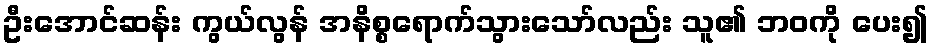
ဦးအောင်ဆန်း ကွယ်လွန် အနိစ္စရောက်သွားသော်လည်း သူ၏ ဘဝကို ပေး၍